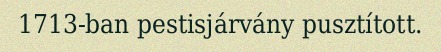
1713-ban pestisjárvány pusztított.